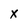
Character: X